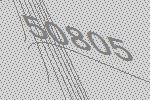
50805